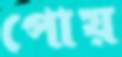
পোয়